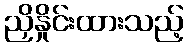
ညှိနှိုင်းထားသည့်